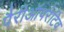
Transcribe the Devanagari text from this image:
पैरीऑपरेटिव